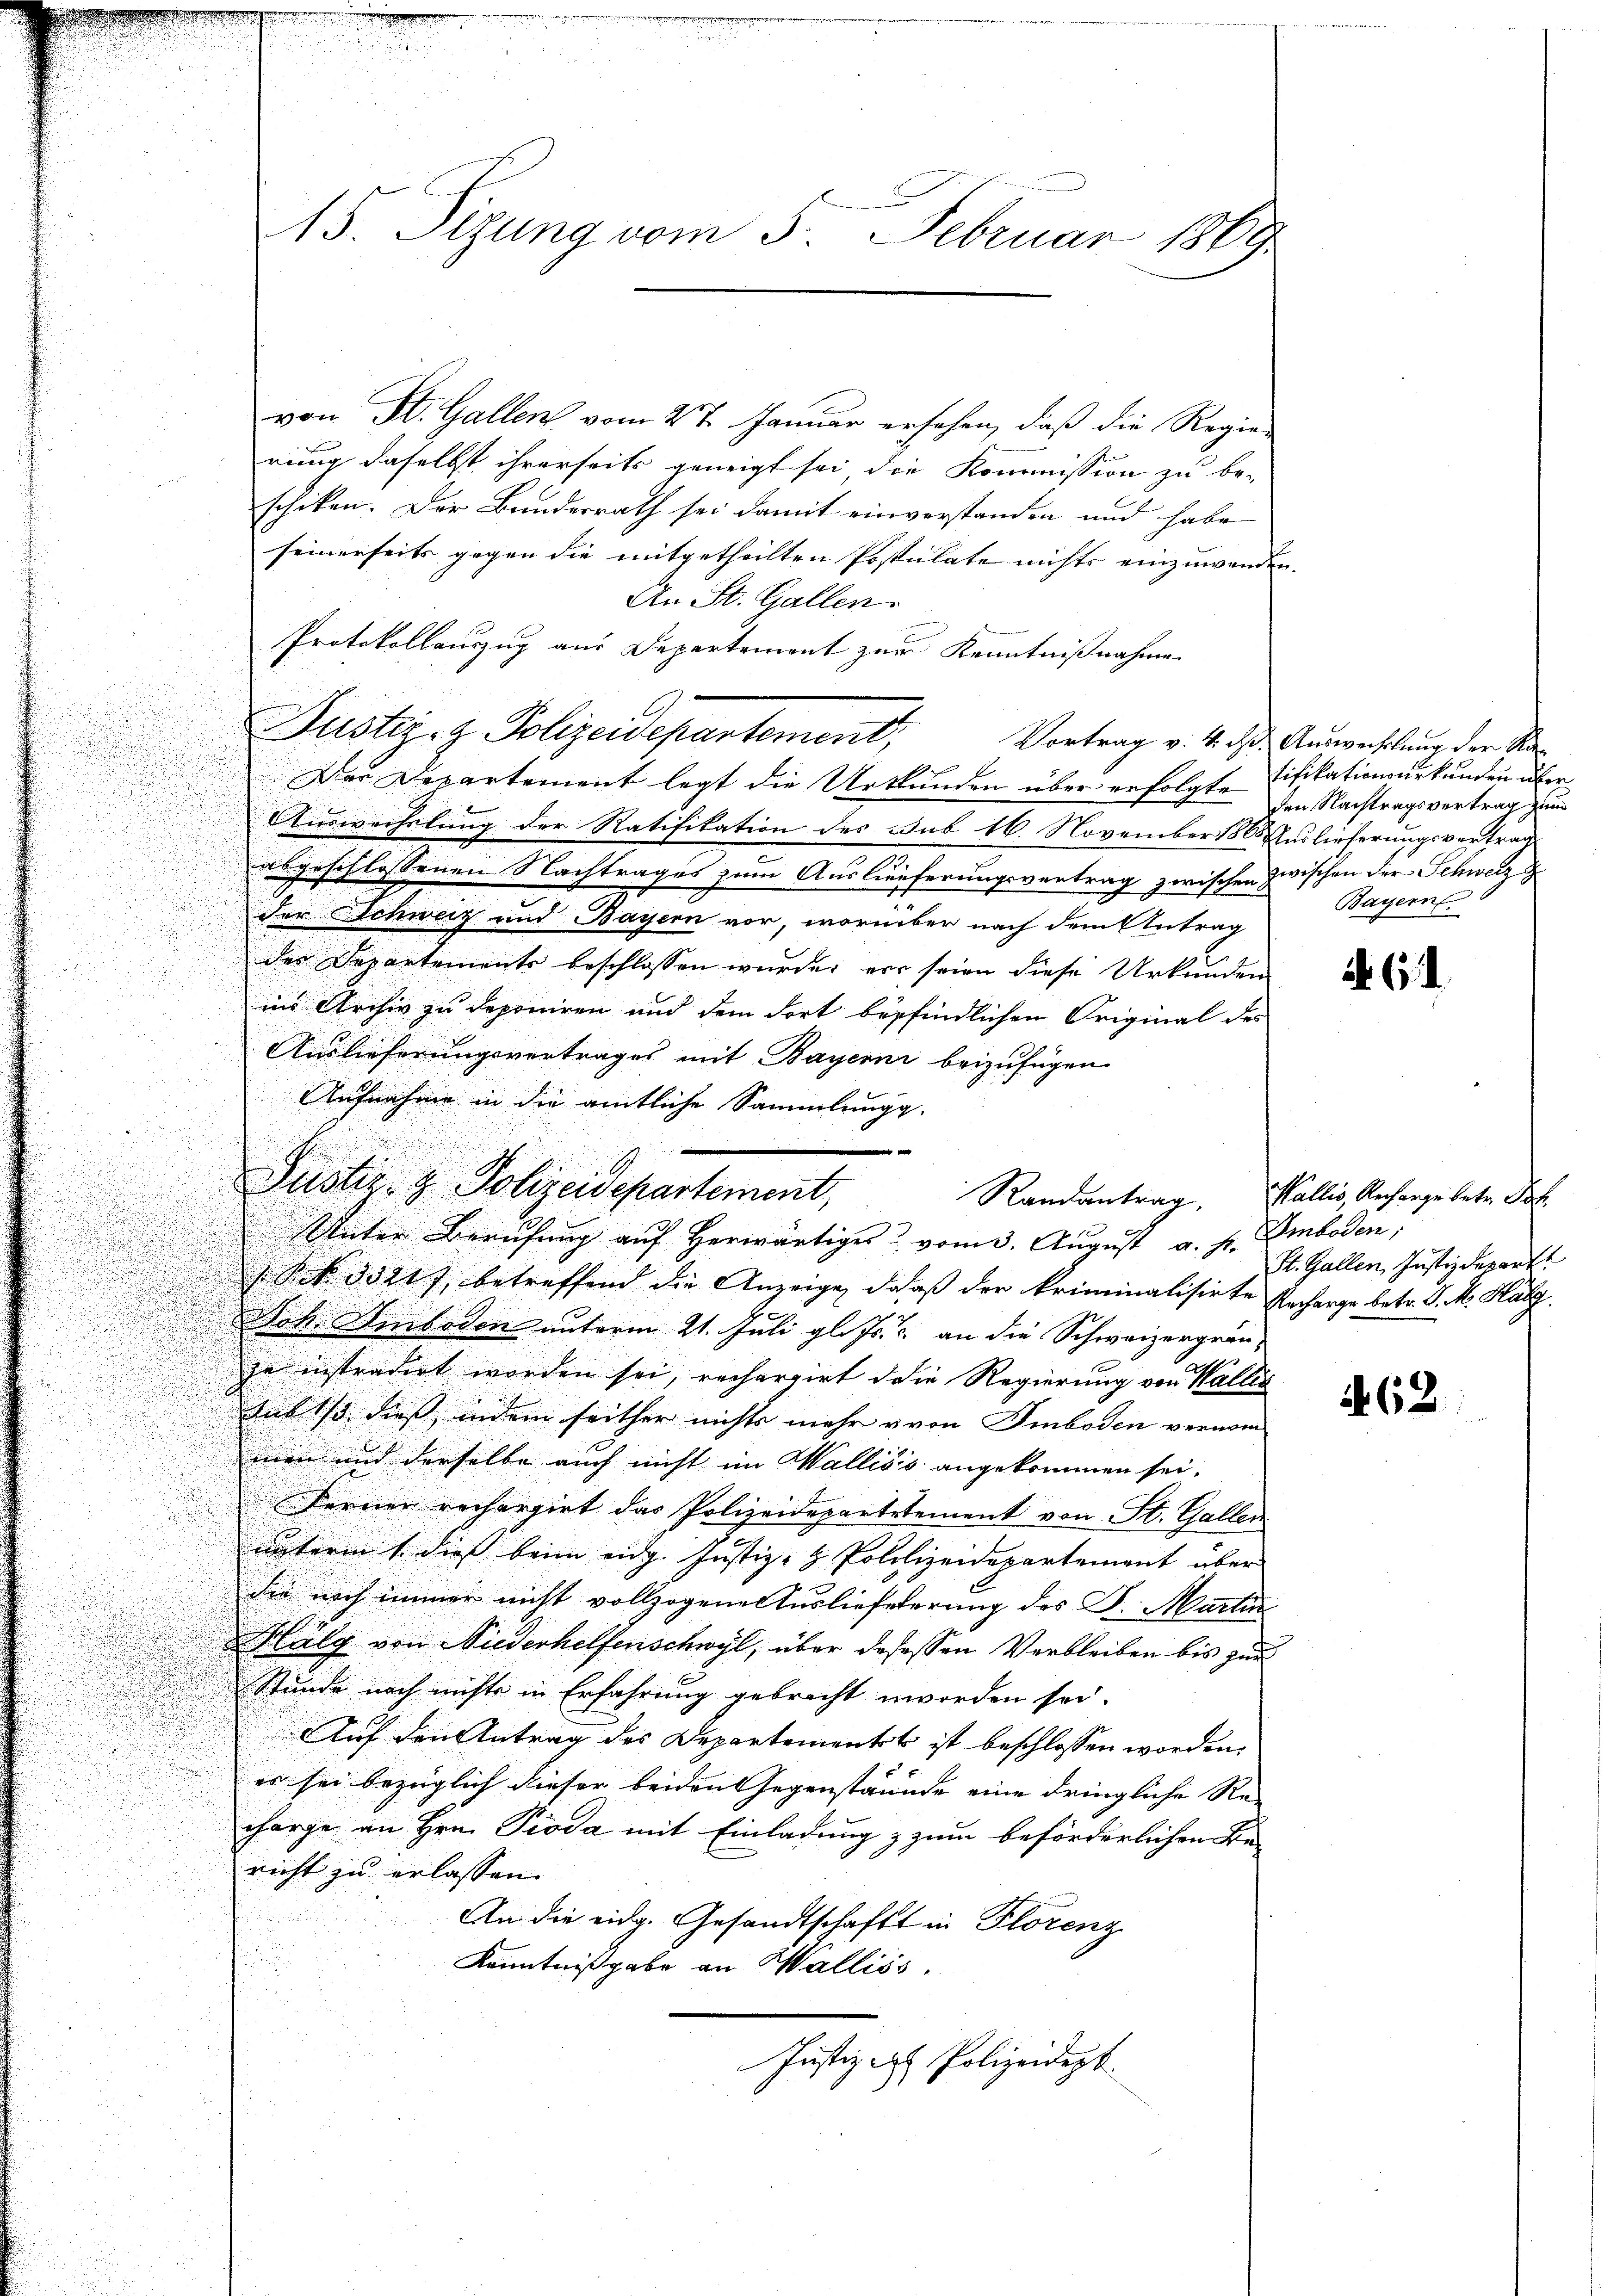
von St. Gallen vom 2te Januar ersehen, daß die Regierung daselbst ihrerseits geneigt sei die Kommission zu be-
schiken. Der Bundesrath sei damit einverstanden und habe
seinerseits gegen die mitgetheilten Postulate nichts einzuwenden.
An St. Gallen.
Protokollauszug aus Departement zur Kenntnißnahme
Justiz- & Polizeidepartement,
Der Departement legt die Urkunden über erfolgte Tifikationsurkunden über
Auswechslung der Ratifikation des sub 16. November 1865 Auslieferungsvertrag
abgeschlossenen Nachtrages zum Auslieferungsvertrag zwischen zwischen der Schweiz

der Schweiz und Bayern vor, worüber nach dem Antrag

s
des Departemente beschlossen wurden vor seien diese Urkunden
8

a
ins Archiv zu deponiren und dem dort befindlichen Original des

Auslieferungsvertrages mit Bayerne beizufügen
Aufnahme in die amtliche Sammlungg.
 Frk. 5321), betreffend die Anzeige, daß der kriminalisirte Urcharge betr. P. M. Hatz.
Dok. Emboden unterm 21. Juli gl. Js. an die Schweizergrän
1
zu instradirt worden sei, rechargirt die Regierung von Wallis
Sub 1/3 dieß, indem seither nichts mehr v von Emboden vernom-
men und derselbe auch nicht im Wallisis angekommen sei.
Ferner rechargirt das Polizeidepartetement von St. Gallen
unterm 1. dies beim eidg. Justiz- & Polilizeidepartement über
die noch immer nicht vollzogene Auslieferung des F. Martin
Halg von Niederhelfenschwyl, über dasessen Verbleiben bis zur
Stunde noch nichts in Erfahrung gebracht worden sei.
Auf den Antrag des Departements ist beschlossen worden.
ff
es sei bezüglich dieser beiden Gegenstaunde eine dringliche Re-
charge an Hrn. Pioda mit Einladung zum beförderlichen Bericht zu erlassen.
An die eidg. Gesandtschaft in Florenz
Kenntnißgabe an Walliss.
Justiz des Polizeidept

13. Sitzung vom 5. Februar 1869

Justiz- & Polizeidepartement,
Randantrag
Unter Berufung auf herwärtiges u. vom 3. August a. f. Emboden,

Vortrag v. 4. d. Auswechslung der Ra¬

den Nachtragsvertrag zum
Bayern

. 64

Wallis, Recharge betr. Port
St. Gallen, Justiz Repart

A. 62